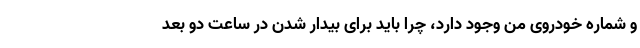
و شماره خودروی من وجود دارد، چرا باید برای بیدار شدن در ساعت دو بعد